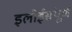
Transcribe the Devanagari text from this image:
इलोईसंपूर्ण